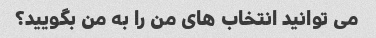
می توانید انتخاب های من را به من بگویید؟